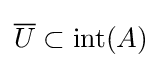
{\overline {U}}\subset \operatorname {int} (A)